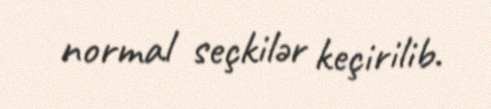
normal seçkilər keçirilib.